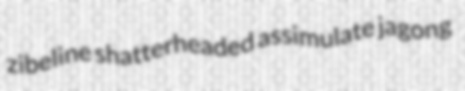
zibeline shatterheaded assimulate jagong